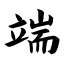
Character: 端